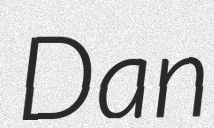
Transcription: Dan